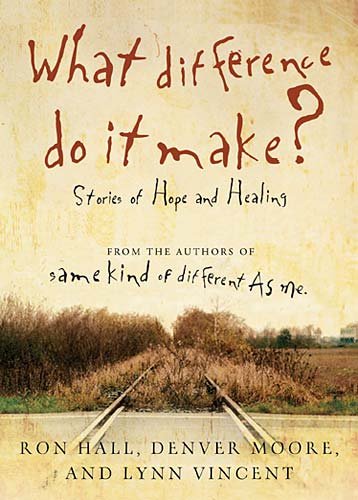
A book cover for What Difference Do It Make?: Stories of Hope and Healing; Ron Hall; Biographies & Memoirs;